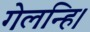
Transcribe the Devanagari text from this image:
गेलन्हि।